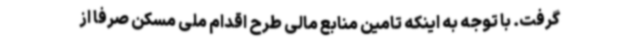
گرفت. با توجه به اینکه تامین منابع مالی طرح اقدام ملی مسکن صرفا از